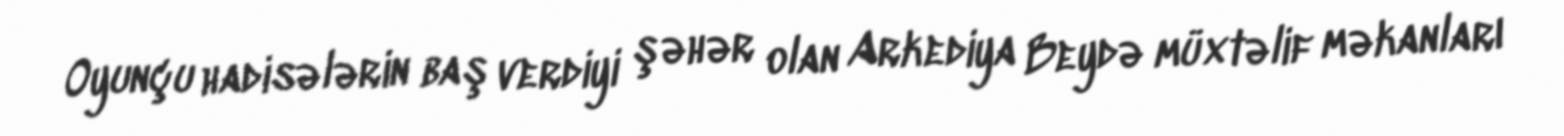
Oyunçu hadisələrin baş verdiyi şəhər olan Arkediya Beydə müxtəlif məkanları